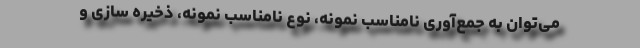
می‌توان به جمع‌آوری نامناسب نمونه، نوع نامناسب نمونه، ذخیره سازی و